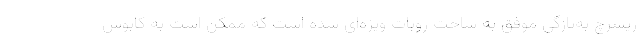
ریسرچ به‌تازگی موفق به ساخت روبات ویژه‌ای شده است که ممکن است به کابوس